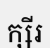
ក្សីរ